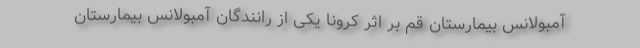
آمبولانس بیمارستان قم بر اثر کرونا یکی از رانندگان آمبولانس بیمارستان